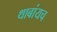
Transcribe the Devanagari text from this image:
थाबांयच